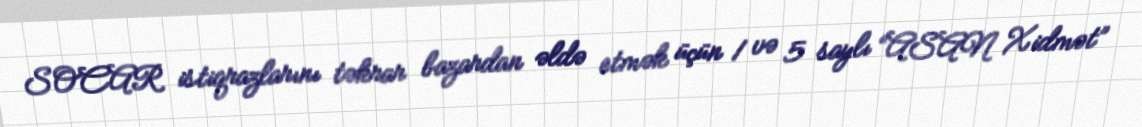
SOCAR istiqrazlarını təkrar bazardan əldə etmək üçün 1 və 5 saylı “ASAN Xidmət”